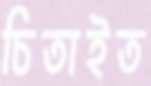
চিতাইত